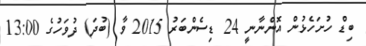
ބިޑް ހުށަހެޅުން އޮންނާނީ 24 ޑިސެންބަރު 2015 ވާ (ބުދަ) ދުވަހުގެ 13:00